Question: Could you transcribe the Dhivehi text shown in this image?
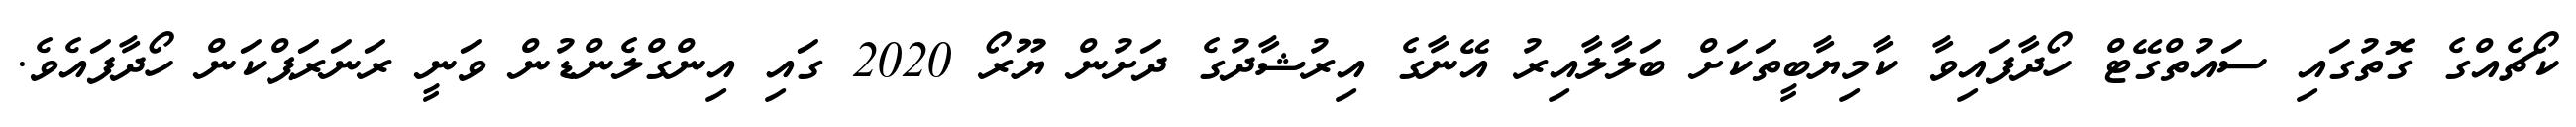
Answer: ކޯޗެއްގެ ގޮތުގައި ސައުތްގޭޓް ހޯދާފައިވާ ކާމިޔާބީތަކަށް ބަލާލާއިރު އޭނާގެ އިރުޝާދުގެ ދަށުން ޔޫރޯ 2020 ގައި އިންގްލެންޑުން ވަނީ ރަނަރަޕްކަން ހޯދާފައެވެ.